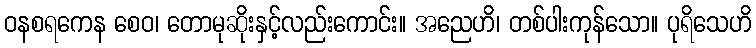
ဝနစရကေန စေဝ၊ တောမုဆိုးနှင့်လည်းကောင်း။ အညေဟိ၊ တစ်ပါးကုန်သော။ ပုရိသေဟိ